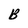
Character: B